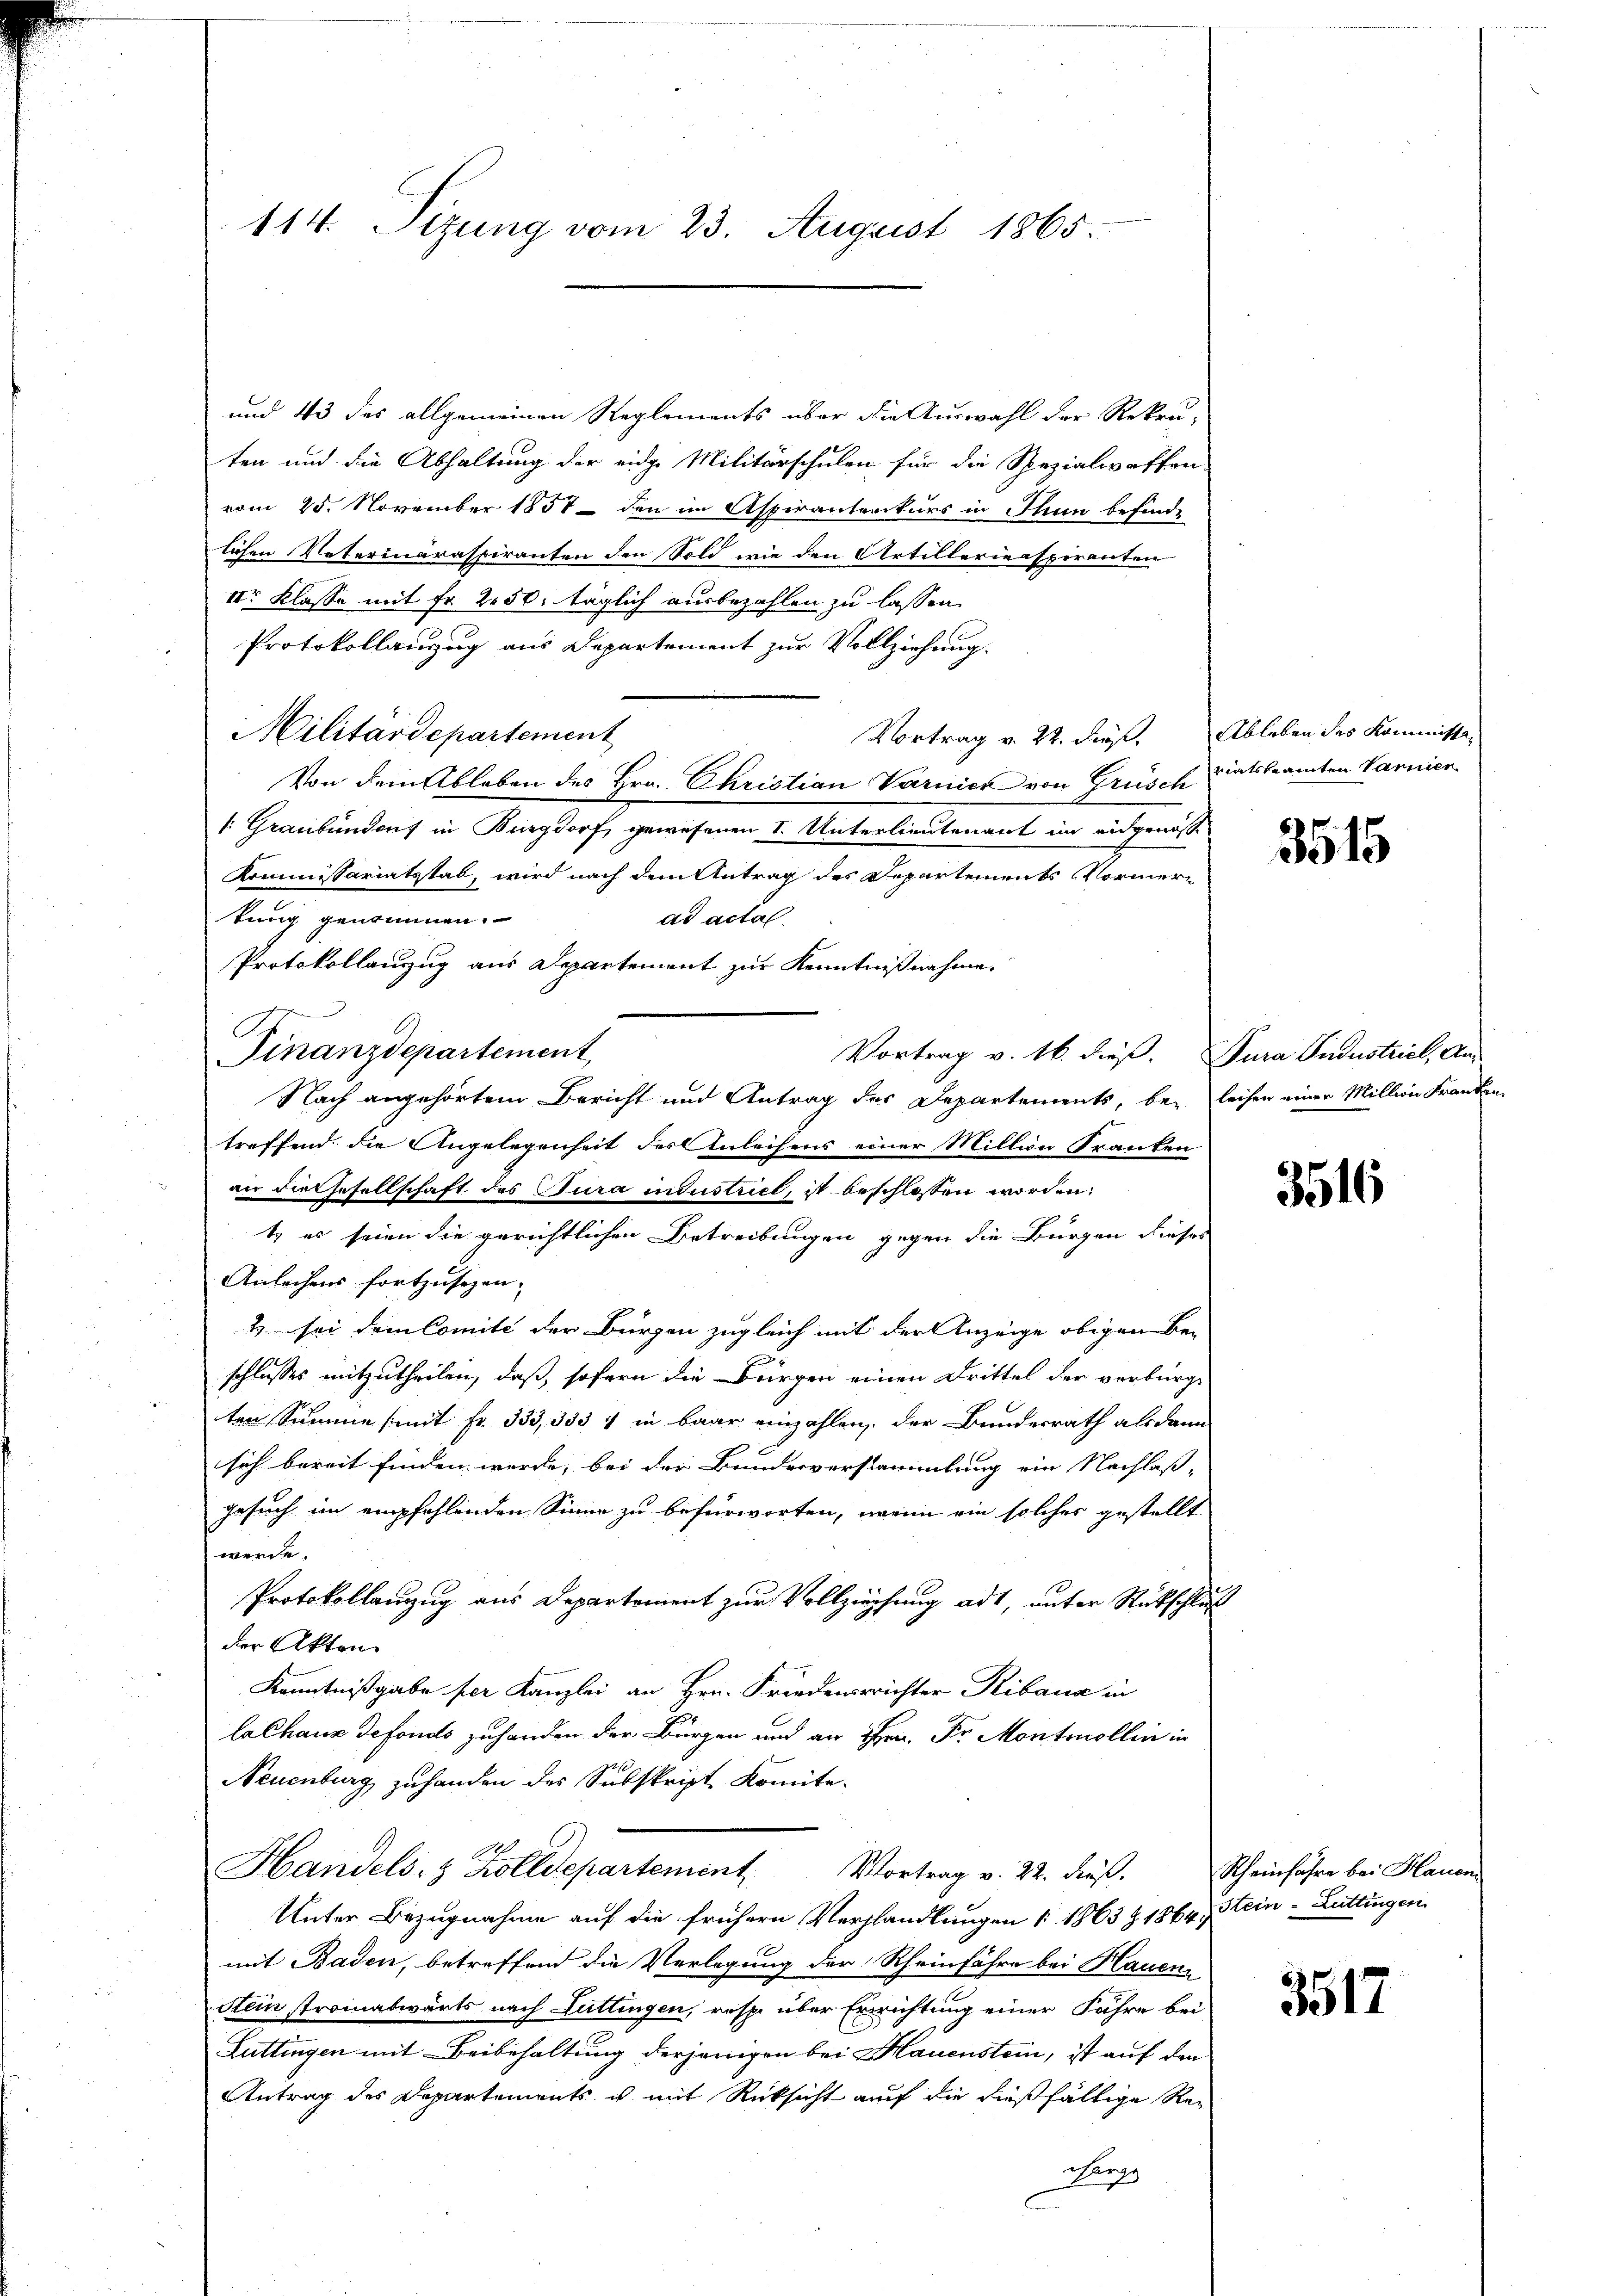
114. Sizung vom 23. August 1865.

und 43 des allgemeinen Reglements über die Auswahl der Rekru-
ten und die Abhaltung der eidge Militärschulen für die Spezialwaffen
vom 25. November 1851 den im Aspiranterkurs in Thun befinde
lichen Vaterinaraspiranten den Sold wie den Artillerieaspiranten
IIr Klasse mit Fr. 2050. täglich ausbezahlen zu lassen.
Protokollanzug aus Departement zur Vollziehung.
Militärdepartement
Vortrag v. 22. dieß. Ableben des Kommissa¬
Von dem Ableben des Hrn. Christian Varnick von Grüsch staatsbeamten Varnier
: Graubünden in Burgdorf, gewesenen I. Unterlieutenant im eidgenosse
Kommissariatsstab, wird nach dem Antrag des Departements Vormern
tung genommen.
ad actal.
Protokollanzug aus Departement zur Kenntnißnahme.
Finanzdepartement
Vortrag v. 16. dieß. Dura Industriel, An-
Nach angehörtem Bericht und Antrag des Departements, bei leihen einer Million Franken.
treffend die Angelegenheit der Anleihens einer Million Franken
an die Gesellschaft des Jura industriel, ist beschlossen worden,
t es seien die gerichtlichen Betreibungen gegen die Bürgen dieses
Anleihens fortzusezen.
& sei dem Comité der Bürgen zugleich mit der Anzeige obigen Be-
schlusses mitzutheilen, daß, sofern die Bürgen einen Drittel der verbürge
ten Summe (mit Fr. 333,333 1 in baar einzahlen, der Bundesrath als dann
sich bereit finden werde, bei der Bunderverstammlung ein Nachlaßgesuch im empfehlenden Sinne zu befürworten, wenn ein solches gestellt
werde.
Protokollanzug aus Departement zur Vollziehung adt, unter Rückschluß
der Akten.
Kenntnißgabe per Kanzlei an Hrn. Friedenerichter Ribana in
lalhaus defonds zuhanden der Bürgen und an Hrn. Dr. Montmollin in
Neuenburg zu handen des Subskript komite.
2
Handels- & Zolldepartement. Vortrag v. 22. dieß.
Unter Bezugnahme auf die frühern Verhandlungen 1 1863 & 1864, Stein-Luttingen
mit Baden, betreffend die Verlegung der Rheinführe bei Hauens
Alin stromabwärts nach Luttingen, resp. über Errichtung einer Jahre bei
Luttingen mit Beibehaltung derjenigen bei Mauenstein, ist auf den
Antrag des Departements ist mit Rücksicht auf die dießfällige Re¬
Bergs

3515

3516

Scheinfahre bei Hauen

3517